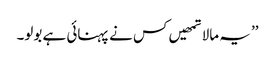
’’ یہ مالا تمھیں کس نے پہنائی ہے بولو۔